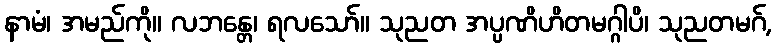
နာမံ၊ အမည်ကို။ လဘန္တေ၊ ရလသော်။ သုညတ အပ္ပဏိဟိတမဂ္ဂါပိ၊ သုညတမဂ်,